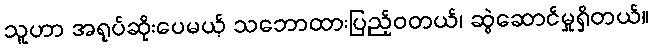
သူဟာ အရုပ်ဆိုးပေမယ့် သဘောထားပြည့်ဝတယ်၊ ဆွဲဆောင်မှုရှိတယ်။